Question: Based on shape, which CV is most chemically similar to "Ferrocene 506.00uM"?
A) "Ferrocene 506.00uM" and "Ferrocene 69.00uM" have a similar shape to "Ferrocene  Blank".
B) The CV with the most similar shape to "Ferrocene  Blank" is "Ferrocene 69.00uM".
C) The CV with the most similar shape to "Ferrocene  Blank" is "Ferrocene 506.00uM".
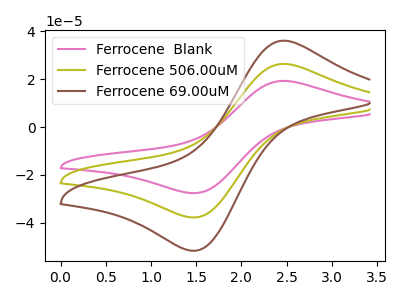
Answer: <think>The pink curve "Ferrocene  Blank" has an anodic peak at (2.50V, 19.25uA) and a cathodic peak at (1.45V, -27.60uA). The olive curve "Ferrocene 506.00uM" has an anodic peak at (2.50V, 26.35uA) and a cathodic peak at (1.45V, -37.75uA). The brown curve "Ferrocene 69.00uM" has an anodic peak at (2.50V, 52.75uA) and a cathodic peak at (1.45V, -75.55uA).
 All the peaks in "Ferrocene  Blank" have a peak in "Ferrocene 506.00uM" at the same potential. Every peak in "Ferrocene  Blank" is lower than every peak in "Ferrocene 506.00uM". All the peaks in "Ferrocene  Blank" have a peak in "Ferrocene 69.00uM" at the same potential. Every peak in "Ferrocene  Blank" is lower than every peak in "Ferrocene 69.00uM". All the peaks in "Ferrocene 506.00uM" have a peak in "Ferrocene 69.00uM" at the same potential. Every peak in "Ferrocene 506.00uM" is lower than every peak in "Ferrocene 69.00uM".</think>
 <answer>A) "Ferrocene 506.00uM" and "Ferrocene 69.00uM" have a similar shape to "Ferrocene  Blank".</answer>
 <eval>A</eval>